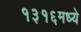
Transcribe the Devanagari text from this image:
१३१६मध्ये